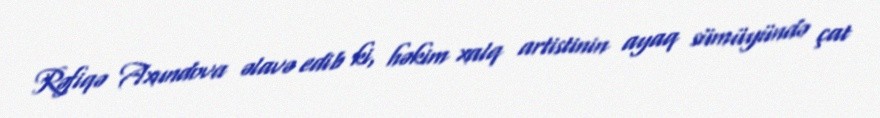
Rəfiqə Axundova əlavə edib ki, həkim xalq artistinin ayaq sümüyündə çat